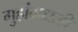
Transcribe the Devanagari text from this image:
गुहांमधली